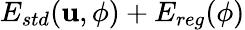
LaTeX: E_{std}(\mathbf{u},\phi)+E_{reg}(\phi)